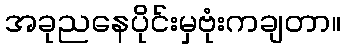
အခုညနေပိုင်းမှဗုံးကချတာ။